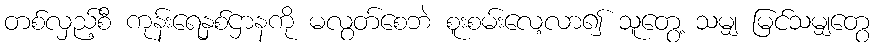
တစ်လှည့်စီ ကုန်းရေနှစ်ဌာနကို မလွတ်စေဘဲ စူးစမ်းလေ့လာ၍ သူတွေ့ သမျှ မြင်သမျှတွေ